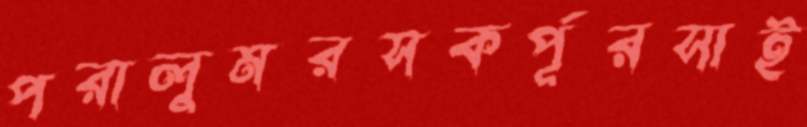
পরালুমরসকর্পূরসাই